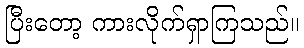
ပြီးတော့ ကားလိုက်ရှာကြသည်။